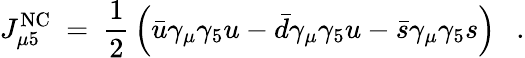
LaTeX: J_{\mu 5}^{\mathrm{NC}}\ =\ {\frac{1}{2}}\left(\bar{u}\gamma_{\mu}\gamma_{5}u-\bar{d}\gamma_{\mu}\gamma_{5}u-\bar{s}\gamma_{\mu}\gamma_{5}s\right)~~~.